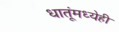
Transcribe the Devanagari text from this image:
धातूंमध्येही